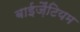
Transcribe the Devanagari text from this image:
बाईज़ैंटियम